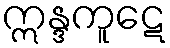
ဣန္ဒကူဋေ